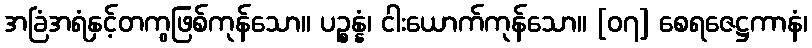
အခြံအရံနှင့်တကွဖြစ်ကုန်သော။ ပဉ္စန္နံ၊ ငါးယောက်ကုန်သော။ [၀၇] စေရဇေဋ္ဌကာနံ၊